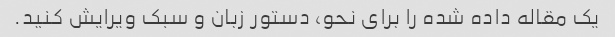
یک مقاله داده شده را برای نحو، دستور زبان و سبک ویرایش کنید.